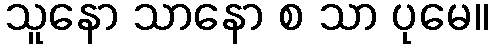
သူနော သာနော စ သာ ပုမေ။